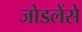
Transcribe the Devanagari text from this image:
जोडलेंसे